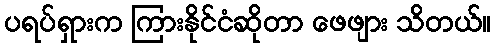
ပရပ်ရှားက ကြားနိုင်ငံဆိုတာ ဖေဖျား သိတယ်။